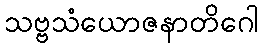
သဗ္ဗသံယောဇနာတိဂေါ